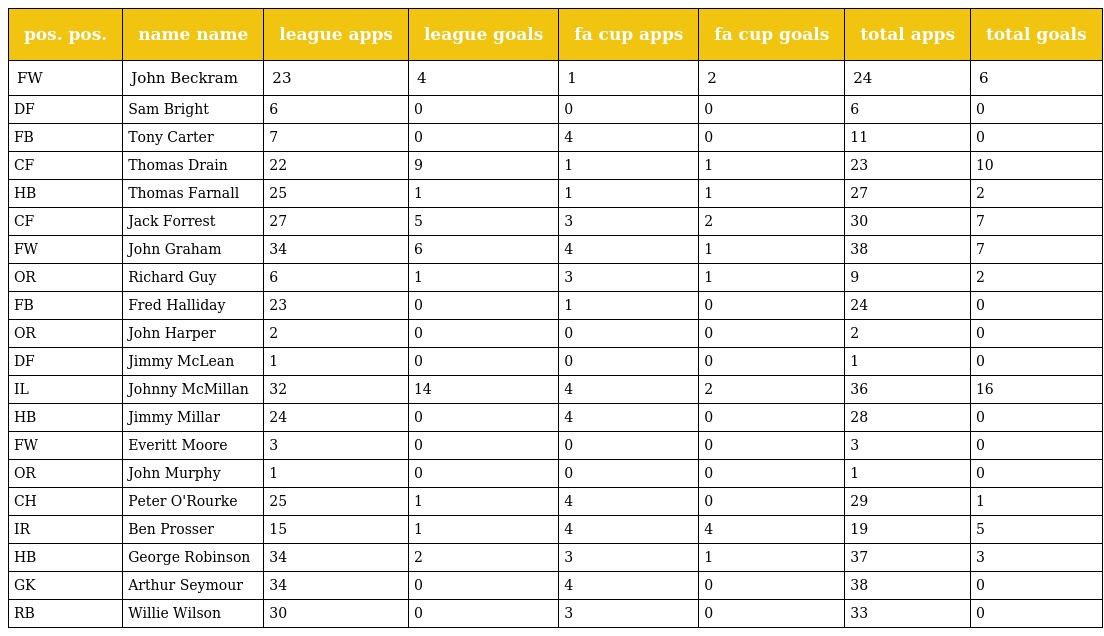
| pos. pos. | name name | league apps | league goals | fa cup apps | fa cup goals | total apps | total goals |
 | --- | --- | --- | --- | --- | --- | --- | --- |
 | FW | John Beckram | 23 | 4 | 1 | 2 | 24 | 6 |
 | DF | Sam Bright | 6 | 0 | 0 | 0 | 6 | 0 |
 | FB | Tony Carter | 7 | 0 | 4 | 0 | 11 | 0 |
 | CF | Thomas Drain | 22 | 9 | 1 | 1 | 23 | 10 |
 | HB | Thomas Farnall | 25 | 1 | 1 | 1 | 27 | 2 |
 | CF | Jack Forrest | 27 | 5 | 3 | 2 | 30 | 7 |
 | FW | John Graham | 34 | 6 | 4 | 1 | 38 | 7 |
 | OR | Richard Guy | 6 | 1 | 3 | 1 | 9 | 2 |
 | FB | Fred Halliday | 23 | 0 | 1 | 0 | 24 | 0 |
 | OR | John Harper | 2 | 0 | 0 | 0 | 2 | 0 |
 | DF | Jimmy McLean | 1 | 0 | 0 | 0 | 1 | 0 |
 | IL | Johnny McMillan | 32 | 14 | 4 | 2 | 36 | 16 |
 | HB | Jimmy Millar | 24 | 0 | 4 | 0 | 28 | 0 |
 | FW | Everitt Moore | 3 | 0 | 0 | 0 | 3 | 0 |
 | OR | John Murphy | 1 | 0 | 0 | 0 | 1 | 0 |
 | CH | Peter O'Rourke | 25 | 1 | 4 | 0 | 29 | 1 |
 | IR | Ben Prosser | 15 | 1 | 4 | 4 | 19 | 5 |
 | HB | George Robinson | 34 | 2 | 3 | 1 | 37 | 3 |
 | GK | Arthur Seymour | 34 | 0 | 4 | 0 | 38 | 0 |
 | RB | Willie Wilson | 30 | 0 | 3 | 0 | 33 | 0 |